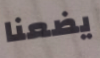
يضعنا